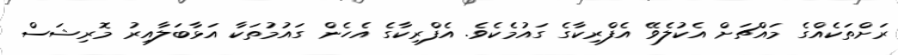
ރަށްތަކެއްގެ މައްޗަށް އެކުލެވޭ އެފްރިކާގެ ގައުމެކެވެ. އެފްރިކާގެ އެހެން ގައުމުތަކާ އަޅާބަލާއިރު މޮރިޝަސް